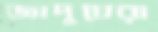
জাদুঘেরা